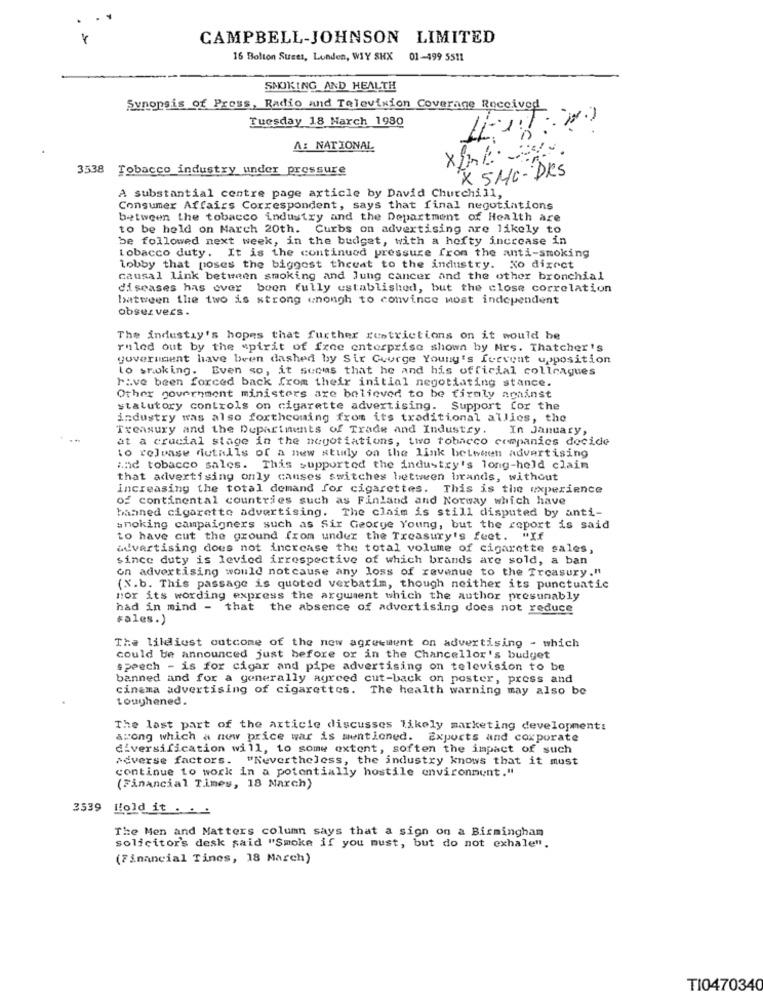
CAMPBELL-JOHNSON LIMITED
16 Bolton Street, London, WIY SHX 01-499 5511
SMOKING AND HEALTH
Synopsis of Press, Radio and Television Coverage Received
Tuesday 18 March 1980
A: NATIONAL
x
3538
Tobacco industry under pressure
X 5Mc- DRS
A substantial centre page article by David Churchill,
Consumer Affairs Correspondent, says that final negotiations
between the tobacco industry and the Department of Health are
to be held on March 20th. Curbs on advertising are likely to
be followed next week, in the budget, with a hefty increase in
tobacco duty. It is the continued pressure from the anti-smoking
lobby that poses the biggest theeat to the industry. Xo dixect
causal link between smoking and lung cancer and the other bronchial
diseases has ever been fully established, but the close correlation
batween the two is strong unongh to convince most independent
obser vers .
The industry's hopes that further restrictions on it would be
ruled out by the spirit of free enterprise shown by Mrs. Thatcher's
government have been dashed by Sir George Young's frevent upposition
lo smoking. Even so, it seems that he and his official colleagues
have been forced back from their initial negotiating stance.
Other government ministers are believed to be firmly against
statutory controls on cigarette advertising. Support for the
industry was also forthcoming from its traditional allies, the
Treasury and the Departments of Trade and Industry. In January,
at a crucial stage in the negotiations, two tobacco companies decide
to release dutalls of a new study on the link between advertising
and tobacco sales. This supported the industry's long-held claim
that advertising only causes switches between brands, without
Increasing the total demand for cigarettes. This is the experience
of continental countries such as Finland and Norway which have
banned cigarette advertising. The claim is still disputed by anti-
anoking campaigners such as Sir George Young, but the report is said
to have cut the ground from under the Treasury's feet. "
advertising does not increase the total volume of cigarette sales,
since duty is levied irrespective of which brands are sold, a ban
on advertising would not cause any loss of revenue to the Treasury."
(X.b. This passage is quoted verbatim, though neither its punctuatic
nor its wording express the argument which the author presumably
had in mind - that the absence of advertising does not reduce
Fales.)
The lildiest outcome of the new agreement on advertising - which
could be announced just before or in the Chancellor's budget
speech - is for cigar and pipe advertising on television to be
banned and for a generally agreed cut-back on poster, press and
cinema advertising of cigarettes. The health warning may also be
toughened.
The last part of the article discusses likely marketing development:
among which a new price war is mentioned. Exports and coxporate
diversification will, to some extent, soften the impact of such
Adverse factors. "Nevertheless, the industry knows that it must
continue to work in a potentially hostile environment."
(Financial Times, 18 March)
3539 Hold it . . .
The Men and Matters column says that a sign on a Birmingham
solicitor's desk said "Smoke if you must, but do not exhale".
(Financial Tines, 18 March)
TI0470340